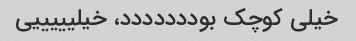
خیلی کوچک بوددددددد، خیلیییییی